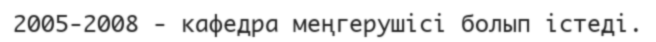
2005-2008 - кафедра меңгерушісі болып істеді.